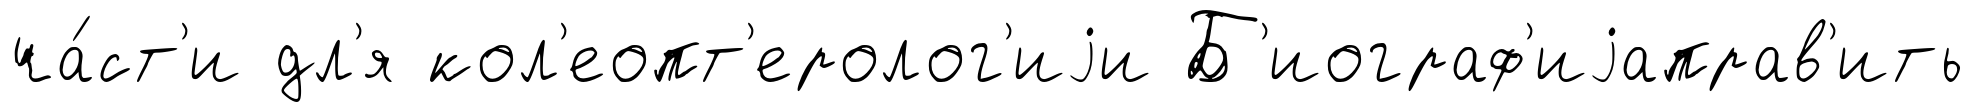
ча́ст'и дл'я кол'еопт'еролог'иjи Б'иограф'иjаправ'ить